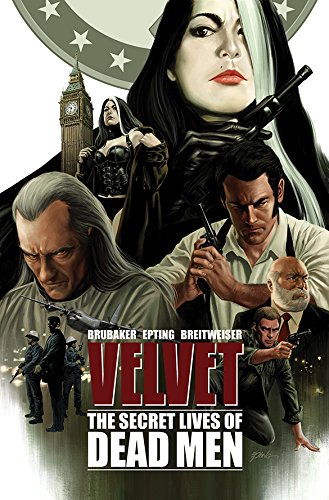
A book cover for Velvet Volume 2: The Secret Lives of Dead Men (Velvet Tp); Ed Brubaker; Comics & Graphic Novels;